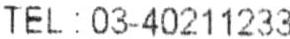
TEL: 03-40211233